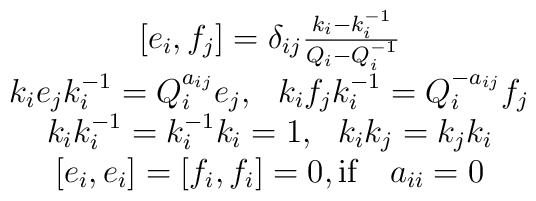
\begin{array}{c} \lbrack e_{i}, f_{j} \rbrack = \delta_{ij}  \frac{k_{i} - k_{i}^{-1}}{Q_{i} -Q_{i}^{-1}}   \\ k_{i}e_{j}k_{i}^{-1}= Q_{i}^{a_{ij}} e_{j},~~k_{i}f_{j}k_{i}^{-1}= Q_{i}^{-a_{ij}} f_{j}\\ k_{i}k_{i}^{-1}=k_{i}^{-1}k_{i}=1,~~k_{i}k_{j} = k_{j}k_{i}\\ \lbrack e_{i}, e_{i} \rbrack = \lbrack f_{i}, f_{i} \rbrack = 0, \mbox{if} ~~~a_{ii} = 0 \end{array}